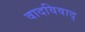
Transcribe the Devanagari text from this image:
वादविवाद्